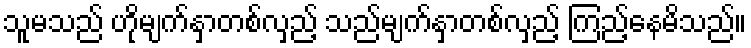
သူမသည် ဟိုမျက်နှာတစ်လှည့် သည်မျက်နှာတစ်လှည့် ကြည့်နေမိသည်။